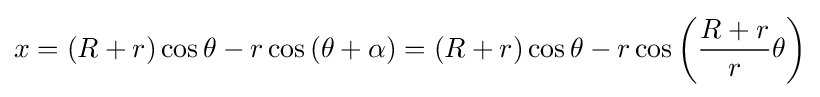
x=\left(R+r\right)\cos \theta -r\cos \left(\theta +\alpha \right)=\left(R+r\right)\cos \theta -r\cos \left({\frac {R+r}{r}}\theta \right)